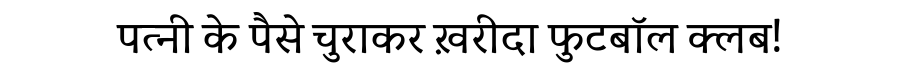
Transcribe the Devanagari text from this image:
पत्नी के पैसे चुराकर ख़रीदा फुटबॉल क्लब!